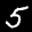
Label: 5